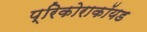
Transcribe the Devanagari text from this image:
प्रिकोराकॉयड